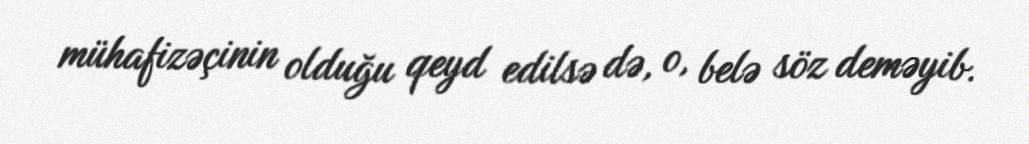
mühafizəçinin olduğu qeyd edilsə də, o, belə söz deməyib.